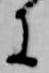
に